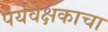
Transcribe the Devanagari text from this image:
पर्यवेक्षकाचा